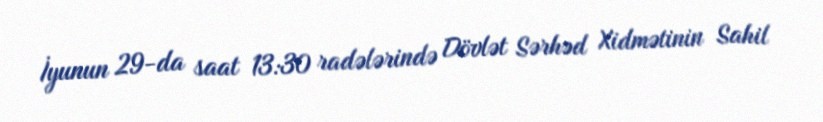
İyunun 29-da saat 13:30 radələrində Dövlət Sərhəd Xidmətinin Sahil